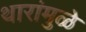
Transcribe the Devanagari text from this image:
थारांमुळे